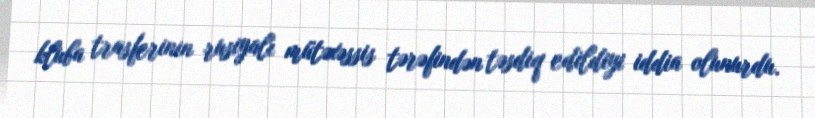
kluba trasferinin rusiyalı mütəxəssis tərəfindən təsdiq edildiyi iddia olunurdu.